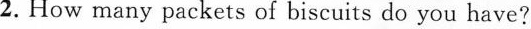
2.How many packets of biscuits do you have?